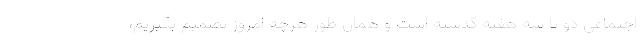
اجتماعی دو تا سه هفته گذشته است و همان طور هرچه امروز تصمیم بگیریم،